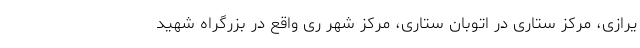
یرازی، مرکز ستاری در اتوبان ستاری، مرکز شهر ری واقع در بزرگراه شهید